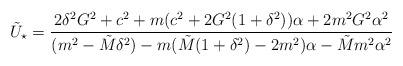
LaTeX: \begin{align*}\tilde U_\star=\frac{2\delta^2 G^2+c^2+m(c^2+ 2G^2(1+\delta^2))\alpha+2m^2G^2\alpha^2}{(m^2-\tilde M \delta^2)-m(\tilde M(1+\delta^2)-2m^2) \alpha-\tilde M m^2\alpha^2}\end{align*}